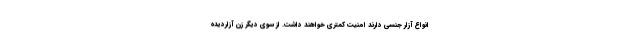
انواع آزار جنسی دارند امنیت کمتری خواهند داشت. از سوی دیگر زن آزاردیده